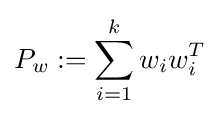
P_{w}:=\sum _{i=1}^{k}w_{i}w_{i}^{T}